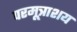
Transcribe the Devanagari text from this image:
परमूत्राशय